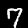
Label: 7